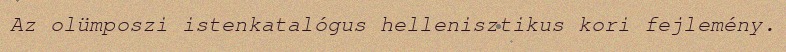
Az olümposzi istenkatalógus hellenisztikus kori fejlemény.